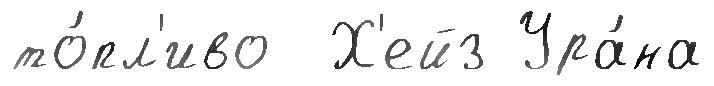
то́пл'иво  Х'ейз Ура́на